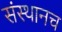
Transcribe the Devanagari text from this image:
संस्थानच